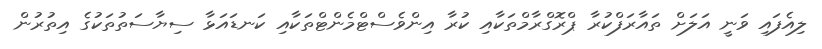
ލިއެފައި ވަނީ އަލަށް ތައާރަފްކުރާ ޕްރޮގްރާމްތަކާއި ކުރާ އިންވެސްޓްމެންޓްތަކާއި ކަނޑައަޅާ ސިޔާސަތުތަކުގެ އިތުރުން